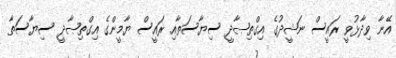
އޭނާ ވިދާޅުވީ ރައީސް ނަޝީދުގެ އިގްތިޞާދީ ސިޔާސަތާއި ރައީސް ޔާމީންގެ އިގްތިޞާދީ ސިޔާސަތާ